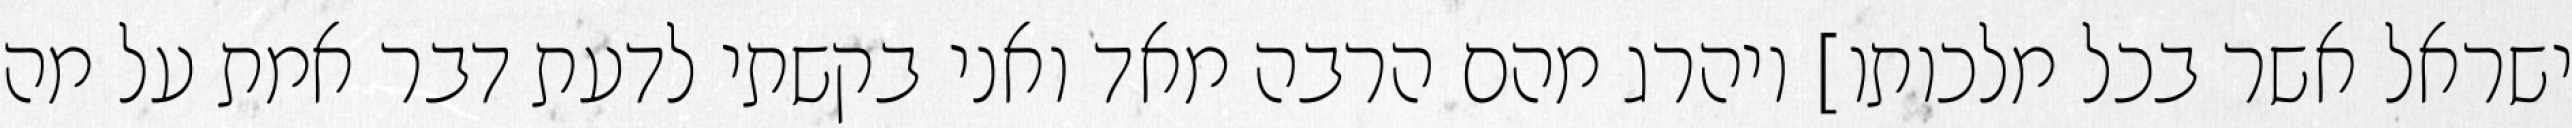
ישראל אשר בכל מלכותו] ויהרג מהם הרבה מאד ואני בקשתי לדעת דבר אמת על מה